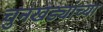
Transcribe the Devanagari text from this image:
चुनखड्यांच्या